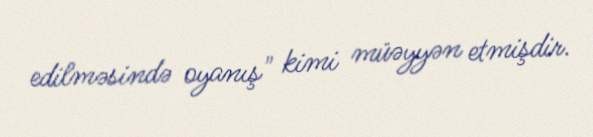
edilməsində oyanış" kimi müəyyən etmişdir.